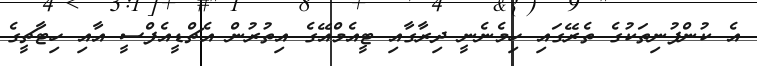
އެ ކުންފުނިތަކުގެ ތެރޭގައި ހިމެނެނީ ދިރާގާއި ޓީއެމްއޭގެ އިތުރުން އެޗްޑީއެފްސީ އާއި ހިޓާޗީގެ